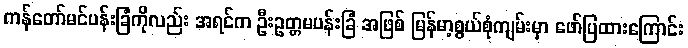
ကန်တော်မင်ပန်းခြံကိုလည်း အရင်က ဦးဥတ္တမပန်းခြံ အဖြစ် မြန်မာ့စွယ်စုံကျမ်းမှာ ဖော်ပြထားကြောင်း